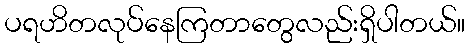
ပရဟိတလုပ်နေကြတာတွေလည်းရှိပါတယ်။